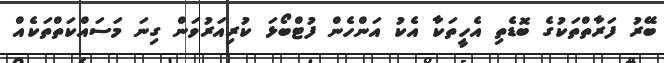
ބޭރު ފަރާތްތަކުގެ ބޮޑެތި އެހީތަކާ އެކު އަންހެން ފުޓްބޯޅަ ކުރިއަރުވަން ގިނަ މަސައްކަތްތަކެއް